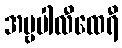
အမ္ဗပါလီထေရီ